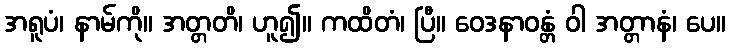
အရူပံ၊ နာမ်ကို။ အတ္တတိ၊ ဟူ၍။ ကထိတံ၊ ပြီ။ ဝေဒနာဝန္တံ ဝါ အတ္တာနံ၊ ပေ။